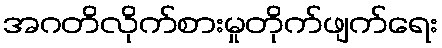
အဂတိလိုက်စားမှုတိုက်ဖျက်ရေး